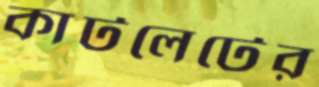
কাটলেটের